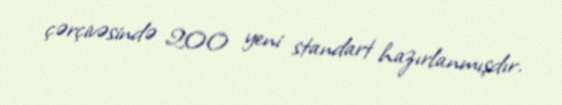
çərçivəsində 200 yeni standart hazırlanmışdır.